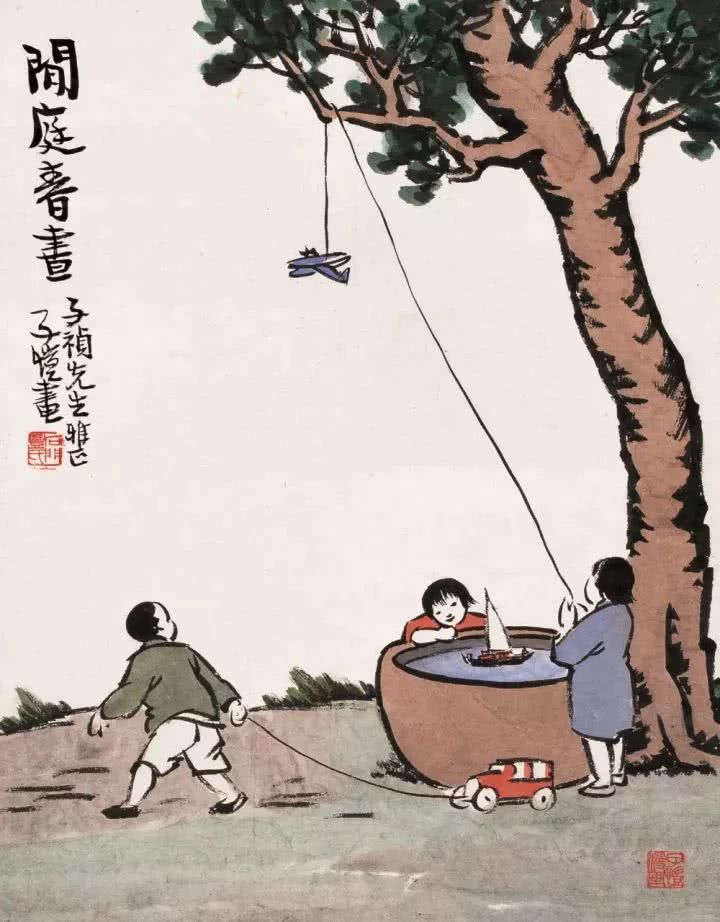
小娃撑小艇，偷采白莲回。